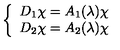
\left\{ \begin{array} { l } { D _ { 1 } \chi = A _ { 1 } ( \lambda ) \chi } \\ { D _ { 2 } \chi = A _ { 2 } ( \lambda ) \chi } \\ \end{array} \right.